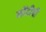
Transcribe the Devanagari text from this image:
नोंदीची